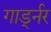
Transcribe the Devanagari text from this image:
गार्ड्नर